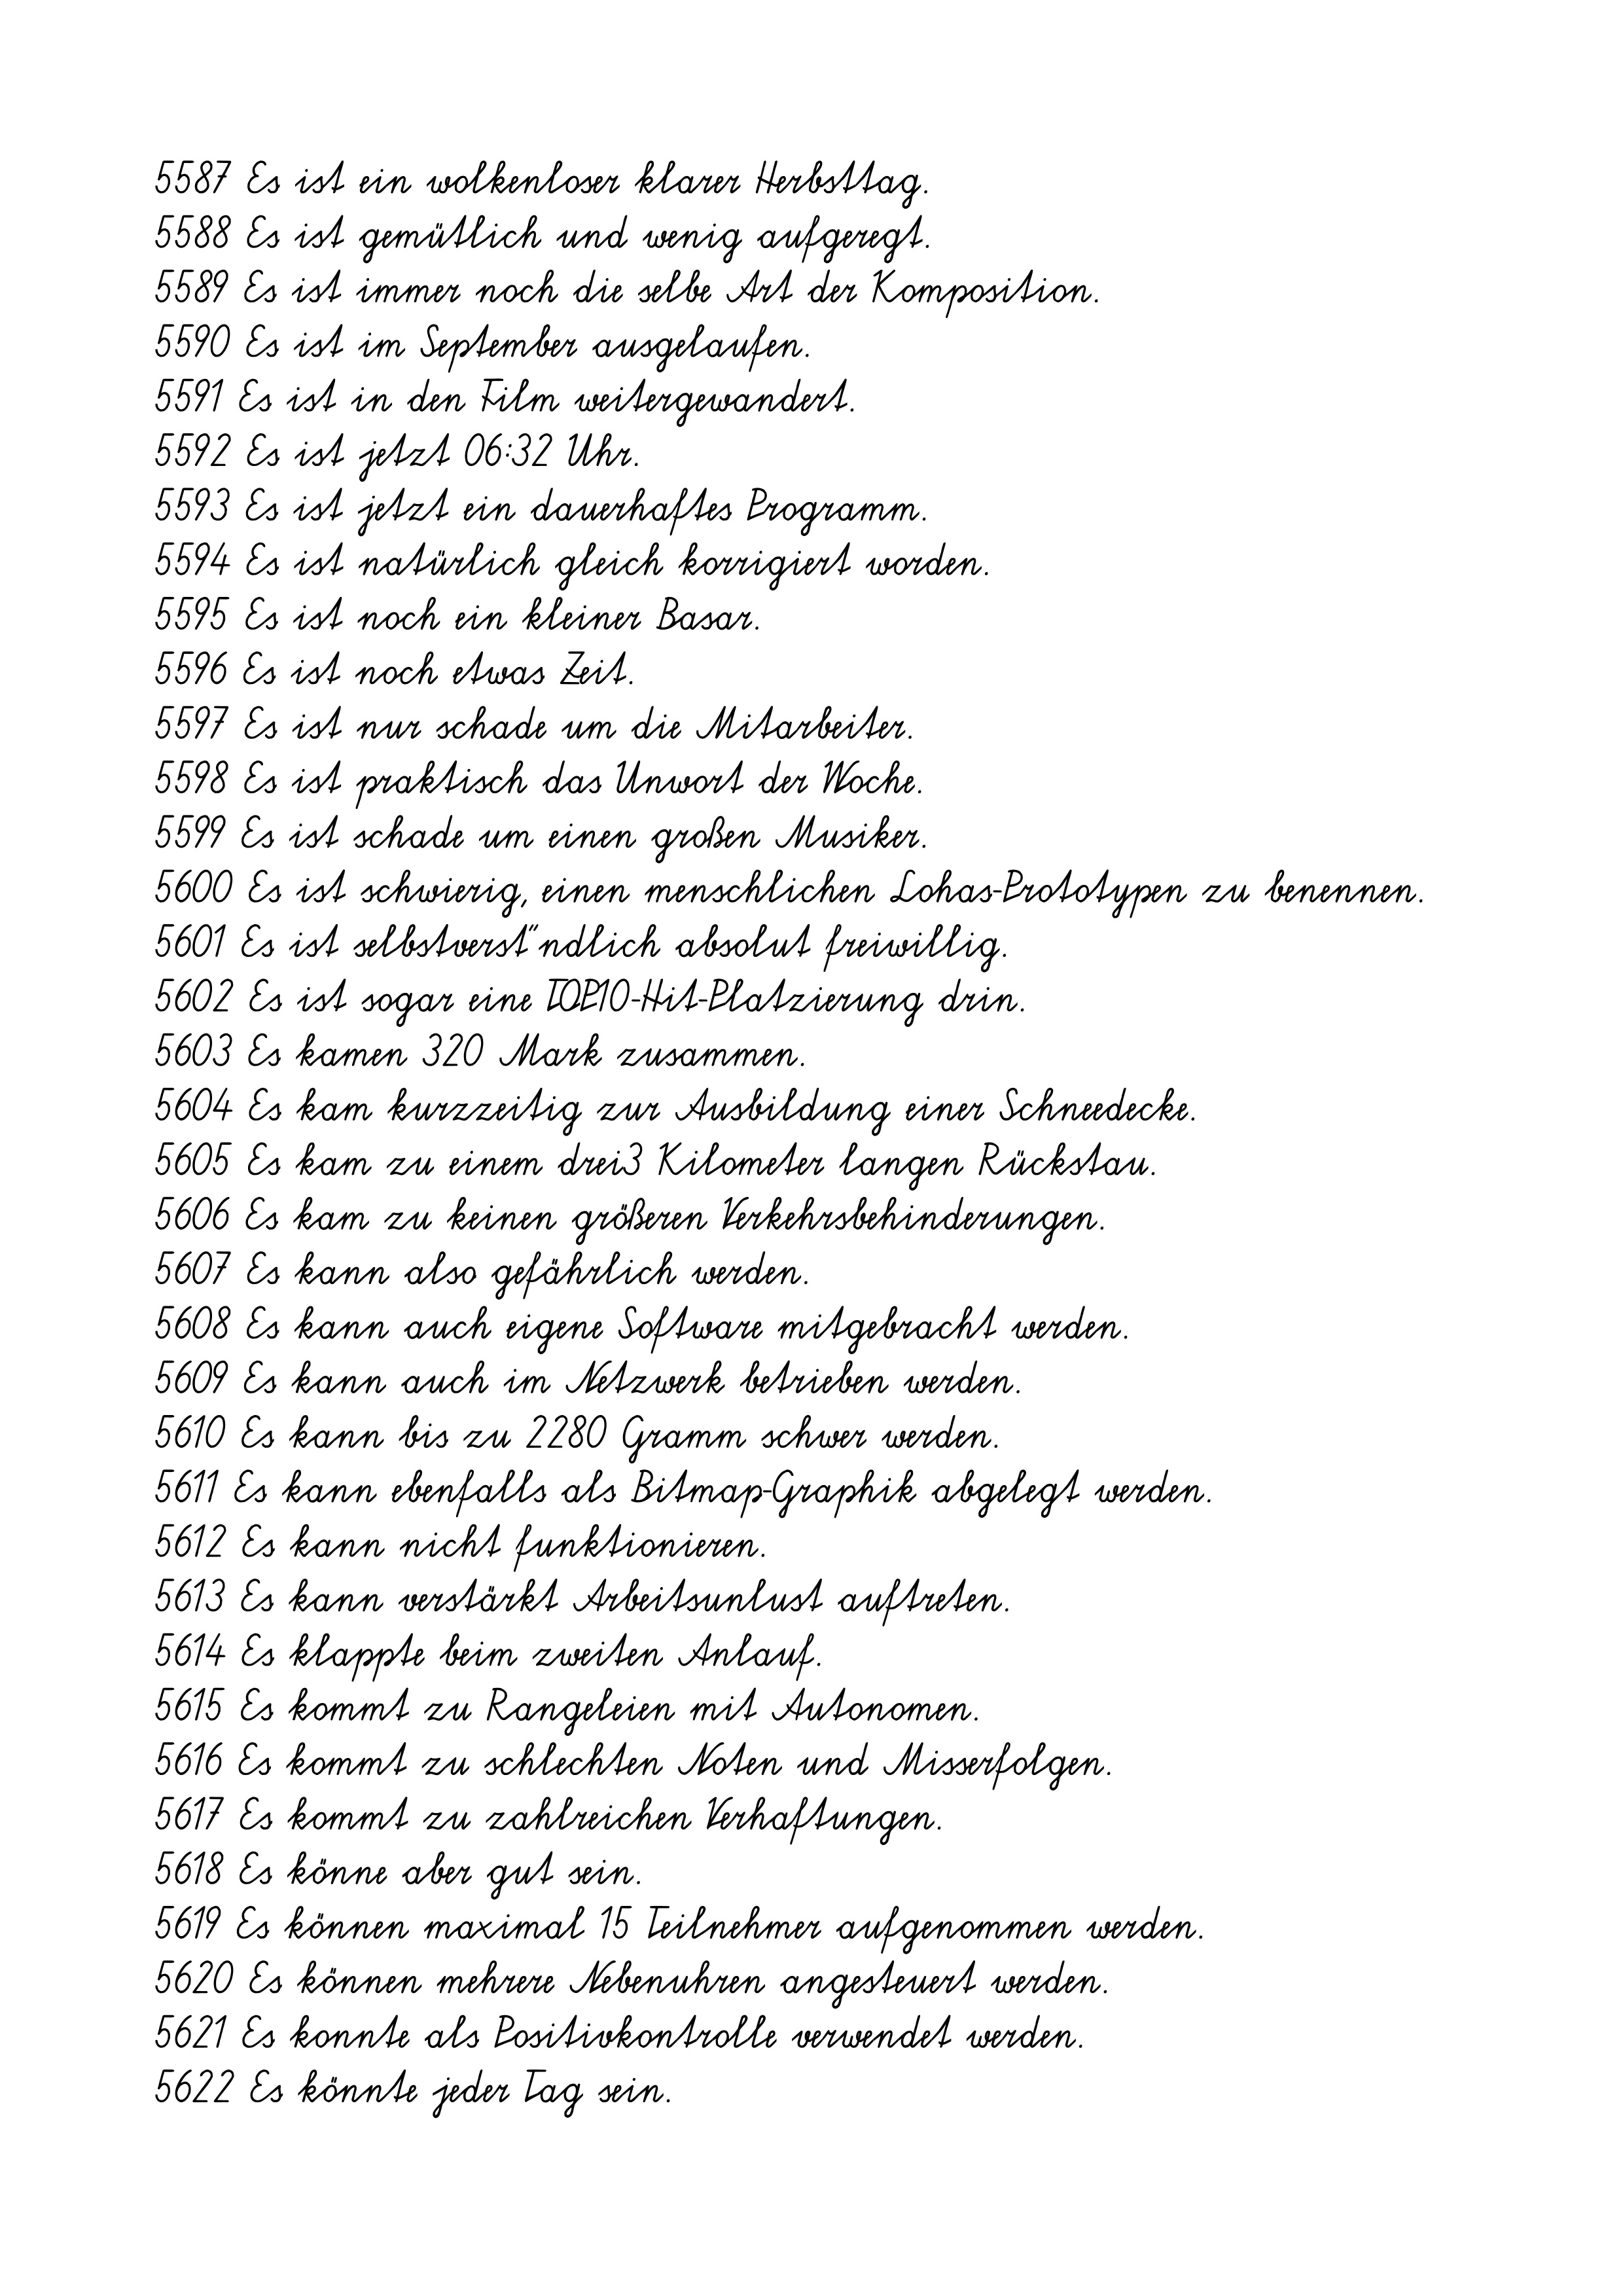
5587 Es ist ein wolkenloser klarer Herbsttag.
5588 Es ist gemütlich und wenig aufgeregt.
5589 Es ist immer noch die selbe Art der Komposition.
5590 Es ist im September ausgelaufen.
5591 Es ist in den Film weitergewandert.
5592 Es ist jetzt 06:32 Uhr.
5593 Es ist jetzt ein dauerhaftes Programm.
5594 Es ist natürlich gleich korrigiert worden.
5595 Es ist noch ein kleiner Basar.
5596 Es ist noch etwas Zeit.
5597 Es ist nur schade um die Mitarbeiter.
5598 Es ist praktisch das Unwort der Woche.
5599 Es ist schade um einen großen Musiker.
5600 Es ist schwierig, einen menschlichen Lohas-Prototypen zu benennen.
5601 Es ist selbstverst"ndlich absolut freiwillig.
5602 Es ist sogar eine TOP10-Hit-Platzierung drin.
5603 Es kamen 320 Mark zusammen.
5604 Es kam kurzzeitig zur Ausbildung einer Schneedecke.
5605 Es kam zu einem drei3 Kilometer langen Rückstau.
5606 Es kam zu keinen größeren Verkehrsbehinderungen.
5607 Es kann also gefährlich werden.
5608 Es kann auch eigene Software mitgebracht werden.
5609 Es kann auch im Netzwerk betrieben werden.
5610 Es kann bis zu 2280 Gramm schwer werden.
5611 Es kann ebenfalls als Bitmap-Graphik abgelegt werden.
5612 Es kann nicht funktionieren.
5613 Es kann verstärkt Arbeitsunlust auftreten.
5614 Es klappte beim zweiten Anlauf.
5615 Es kommt zu Rangeleien mit Autonomen.
5616 Es kommt zu schlechten Noten und Misserfolgen.
5617 Es kommt zu zahlreichen Verhaftungen.
5618 Es könne aber gut sein.
5619 Es können maximal 15 Teilnehmer aufgenommen werden.
5620 Es können mehrere Nebenuhren angesteuert werden.
5621 Es konnte als Positivkontrolle verwendet werden.
5622 Es könnte jeder Tag sein.